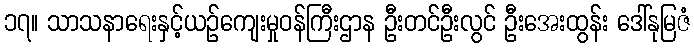
၁၇။ သာသနာရေးနှင့်ယဉ်ကျေးမှုဝန်ကြီးဌာန ဦးတင်ဦးလွင် ဦးအေးထွန်း ဒေါ်နုမြဇံ